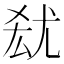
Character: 𡯮